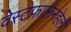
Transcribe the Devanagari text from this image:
वेस्टफालेनहेली